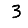
Digit: 3